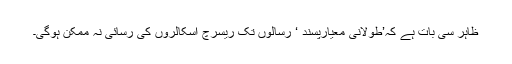
ظاہر سی بات ہے کہ’طولانی معیارپسند ‘ رسالوں تک ریسرچ اسکالروں کی رسائی نہ ممکن ہوگی۔